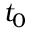
t _ { { 0 } }